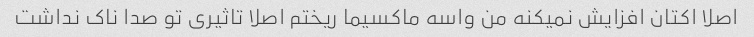
اصلا اکتان افزایش نمیکنه من واسه ماکسیما ریختم اصلا تاثیری تو صدا ناک نداشت